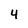
Character: 4